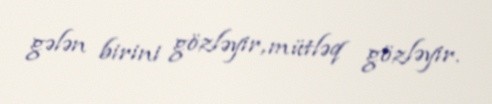
gələn birini gözləyir, mütləq gözləyir.